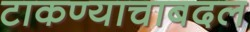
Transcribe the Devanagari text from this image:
टाकण्याचाबदल